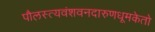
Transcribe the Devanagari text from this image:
पौलस्त्यवंशवनदारुणधूमकेतो